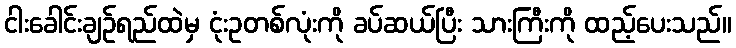
ငါးခေါင်းချဉ်ရည်ထဲမှ ငုံးဥတစ်လုံးကို ခပ်ဆယ်ပြီး သားကြီးကို ထည့်ပေးသည်။